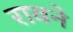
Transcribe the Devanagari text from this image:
रावने